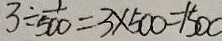
3 \div \frac { 1 } { 5 0 0 } = 3 \times 5 0 0 = 1 5 0 0